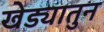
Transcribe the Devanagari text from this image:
खेड्यातुन